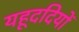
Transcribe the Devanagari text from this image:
यहूददियों